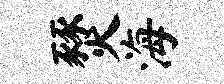
燹海